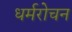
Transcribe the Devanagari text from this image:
धर्मरोचन